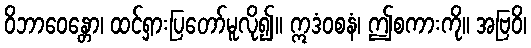
ဝိဘာဝေန္တော၊ ထင်ရှားပြတော်မူလို၍။ ဣဒံဝစနံ၊ ဤစကားကို။ အဗြဝိ၊